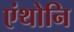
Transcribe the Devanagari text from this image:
एंथोनि